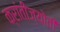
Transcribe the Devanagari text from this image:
क्रांतीज्योती